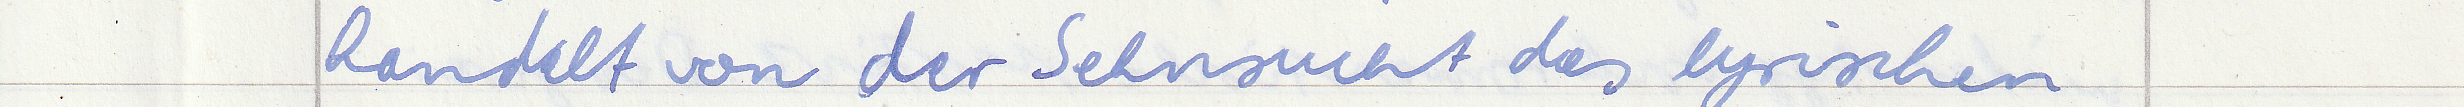
handelt von der Sehnsucht des lyrischen